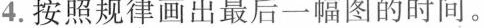
4.按照规律画出最后一幅图的时间。